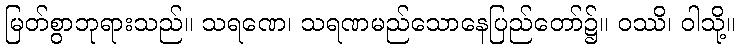
မြတ်စွာဘုရားသည်။ သရဏေ၊ သရဏမည်သောနေပြည်တော်၌။ ဝဿိ၊ ဝါသို့။